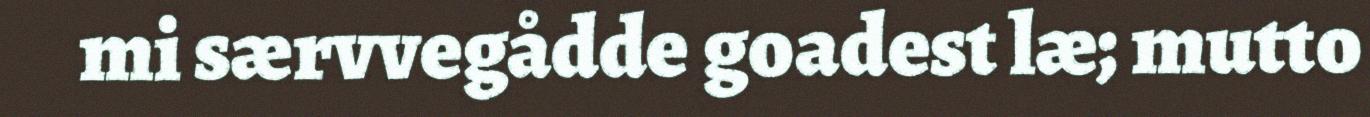
mi særvvegådde goadest læ; mutto